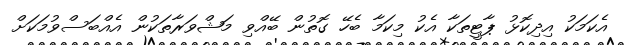
އެކަމަކު އިދިކޮޅު ޕާޓީތަކާ އެކު މިކަމާ ބެހޭ ގޮތުން ބޭއްވި މަޝްވަރާތަކުން އެއްބަސްވުމަކަށް